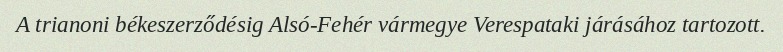
A trianoni békeszerződésig Alsó-Fehér vármegye Verespataki járásához tartozott.